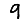
Digit: 9